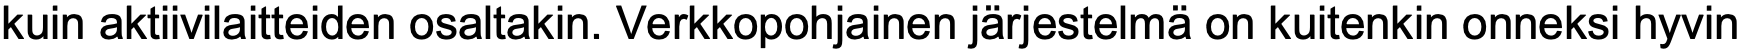
kuin aktiivilaitteiden osaltakin. Verkkopohjainen järjestelmä on kuitenkin onneksi hyvin